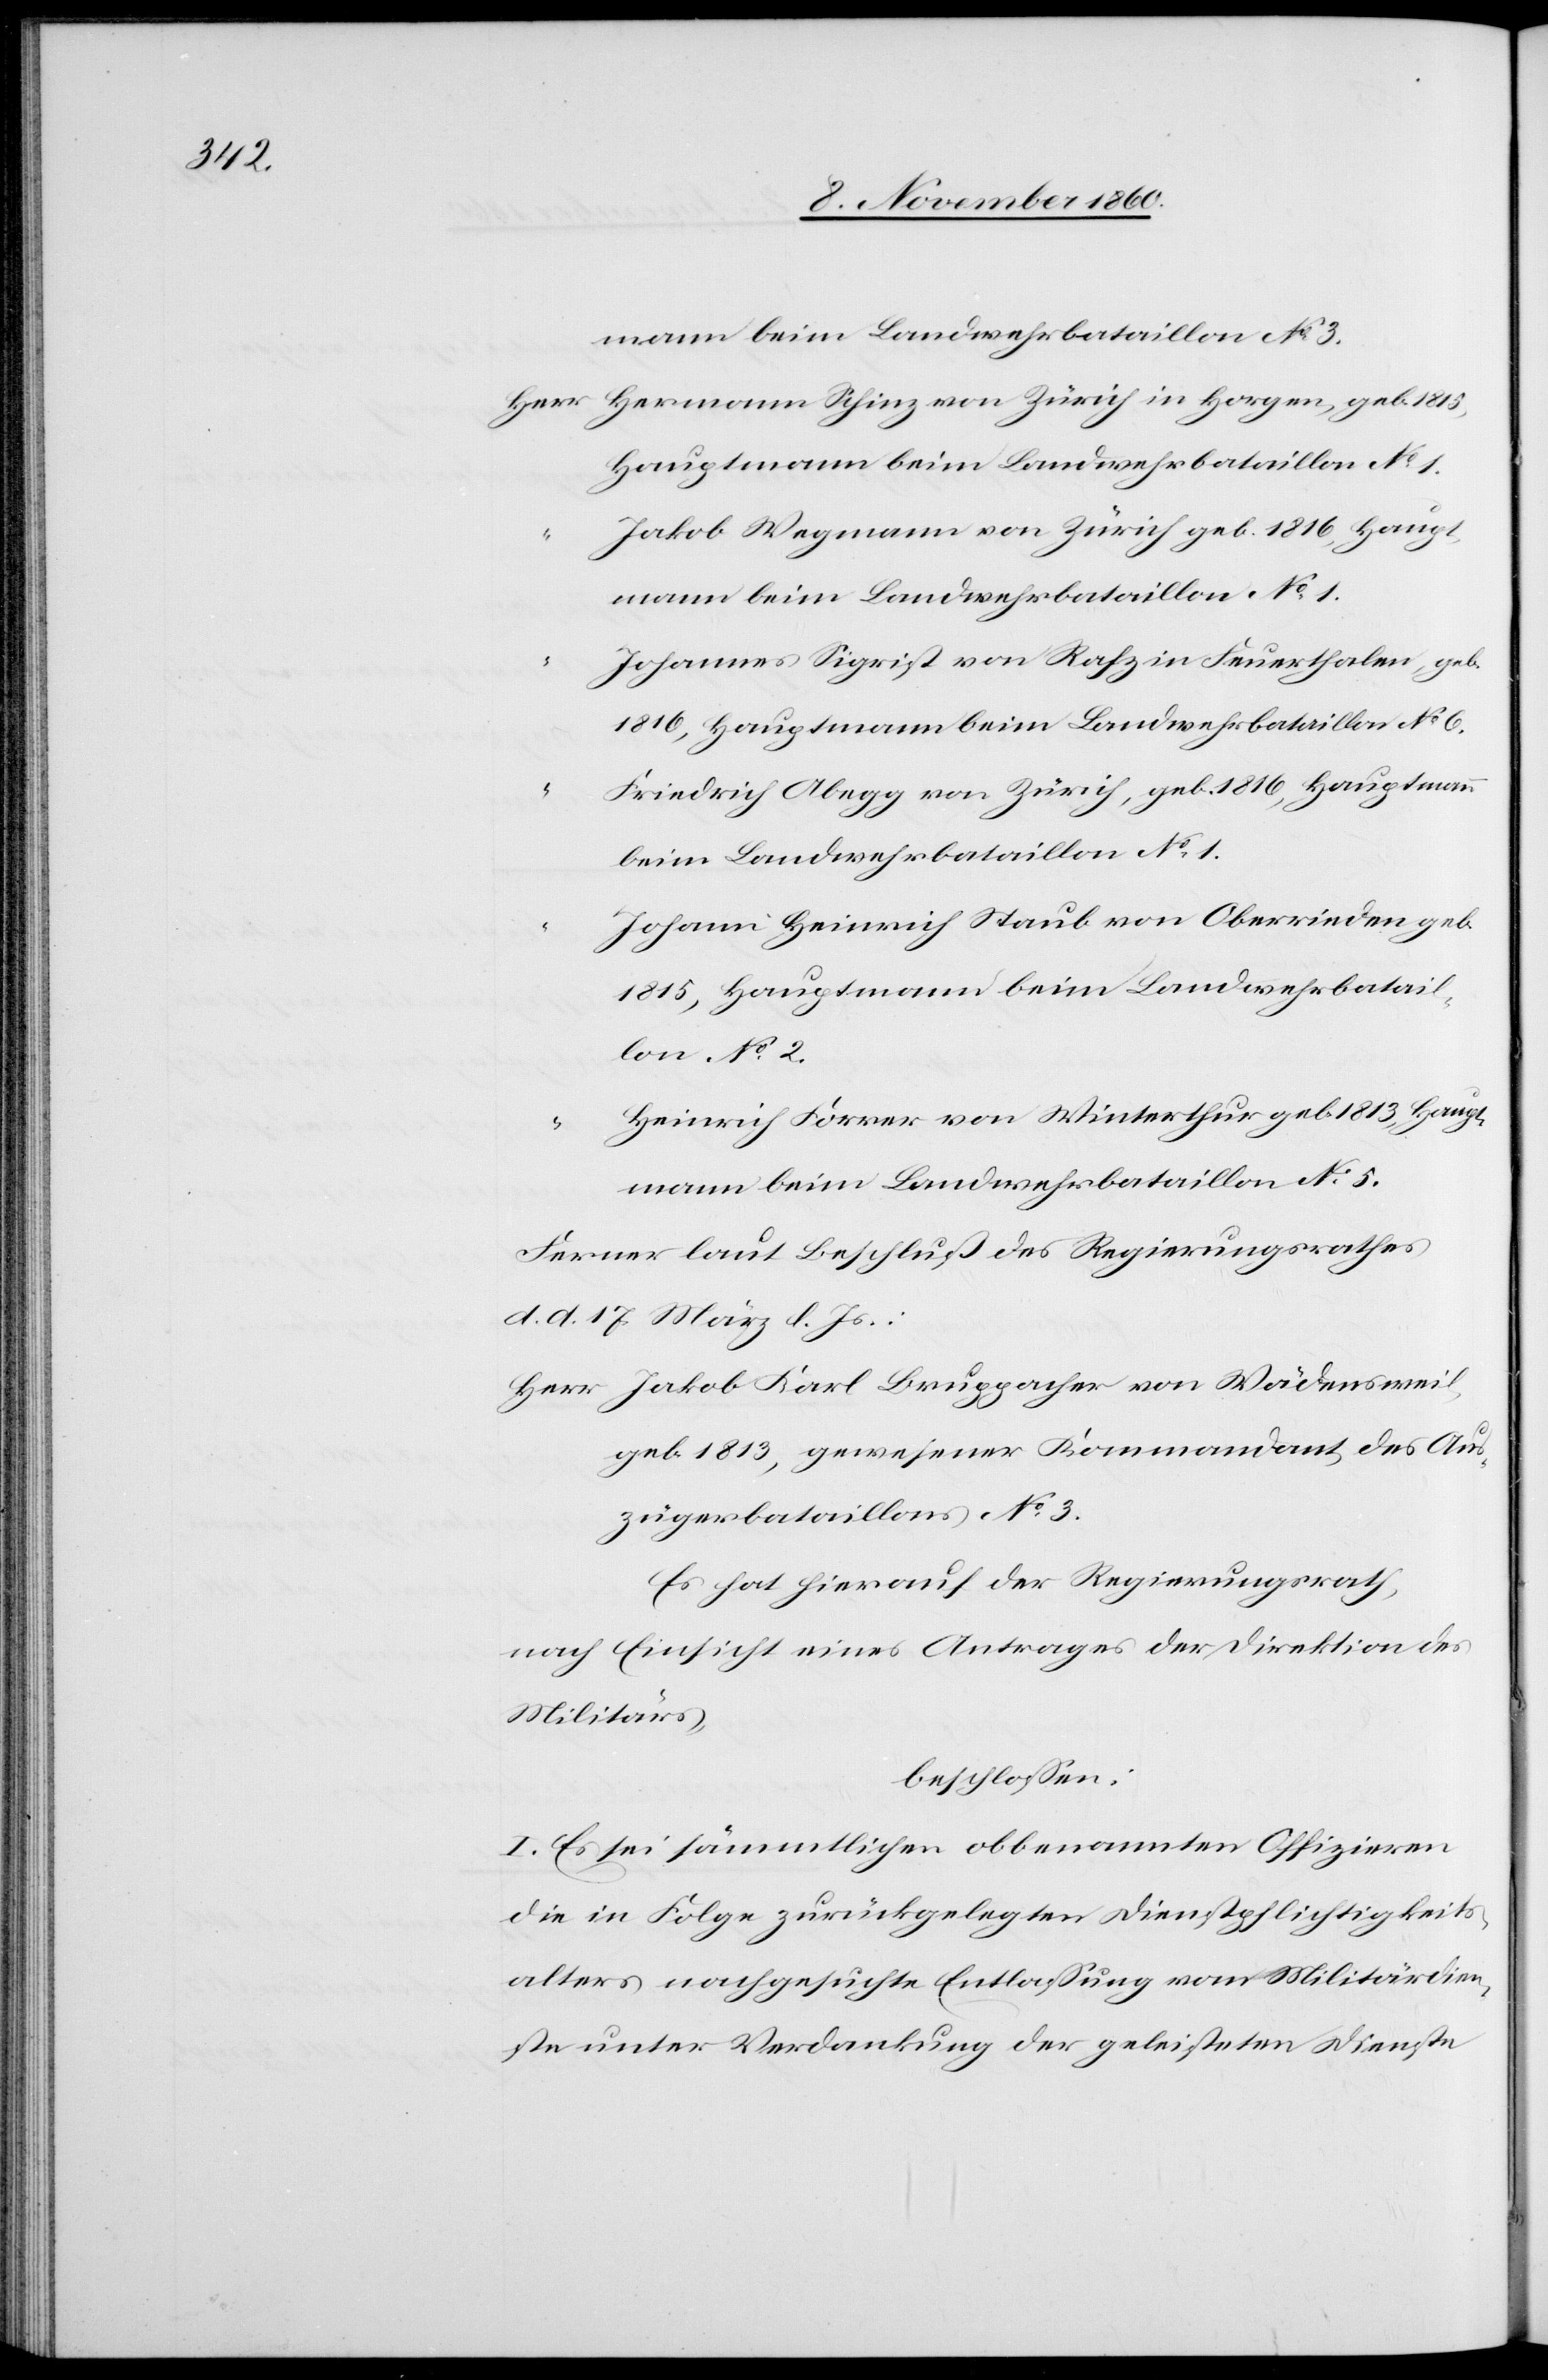
mann beim Landwehrbataillon No 3.
Hermann Schinz von Zürich in Horgen, geb.
Johannes Sigrist von Rafz in Feuerthalen, geb.
1816, Hauptmann beim Landwehrbataillon No 6.
Friedrich Abegg von Zürich, geb. 1816, Hauptmann
beim Landwehrbataillon No 1.
Johanne Heinrich Staub von Oberrieden geb.
1815, Hauptmann beim Landwehrbatail¬
lon No 2.
Heinrich Forrer von Winterthur geb. 1813, Haupt¬
mann beim Landwehrbataillon No 5.
Ferner lautet Beschluß des Regierungsrathes
d. d. 17. März d. Js.:
Herr Jakob Karl Bruppacher von Wädensweil,
geb. 1813, gewesener Kommandant des Aus¬
zügerbataillons No 3.
Es hat hierauf der Regierungsrath,
nach Einsicht eines Antrages der Direktion des
Militärs,
beschlossen:
I. Es sei sämmtlichen obbenannten Offizieren
die in Folge zurückgelegten Dienstpflichtigkeits¬
alters nachgesuchte Entlassung vom Militärdien¬
ste unter Verdankung der geleisteten Dienste